65_HS1-834228961_62-HQ-83894_Section_6
Agency: FBI
Page 148
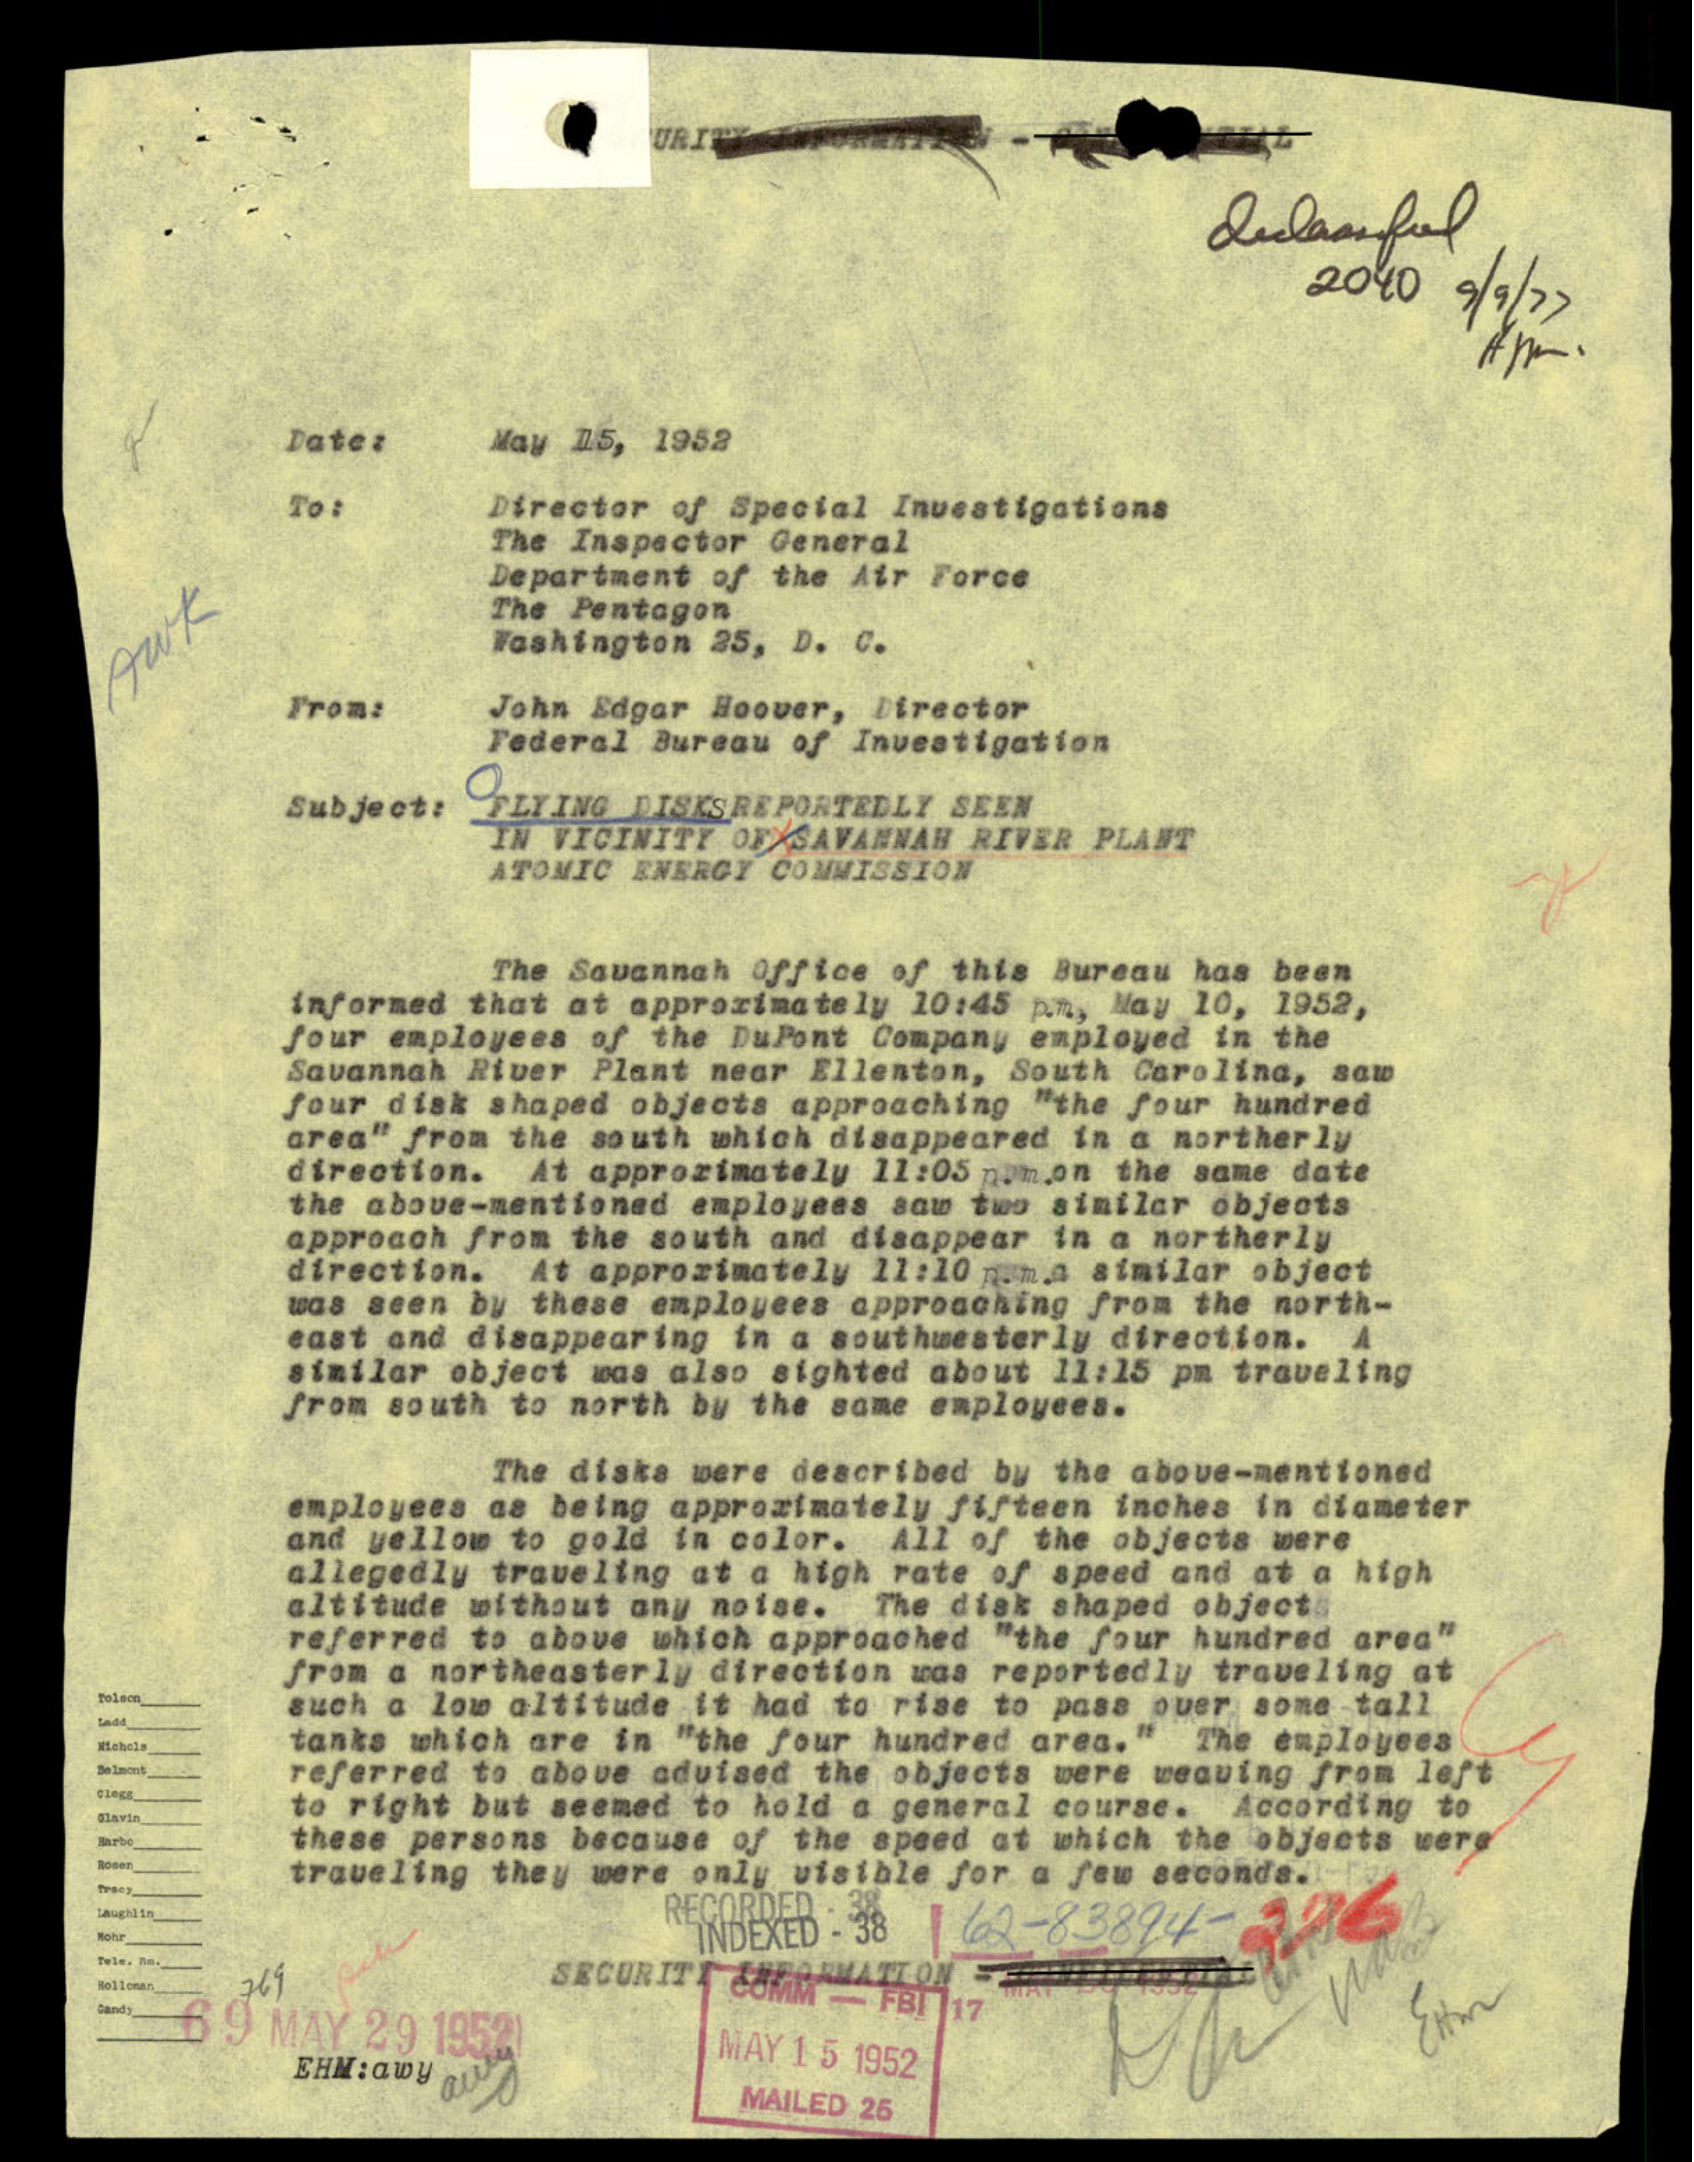